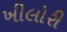
ખીલોરી